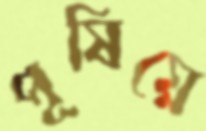
পূষিয়ে